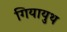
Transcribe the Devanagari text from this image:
गियायुथ